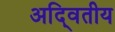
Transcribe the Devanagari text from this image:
अदि्वतीय